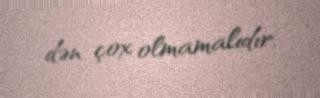
dən çox olmamalıdır.